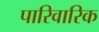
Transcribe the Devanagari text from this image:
पारिवारिक